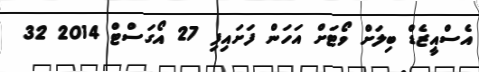
އެސްއީޒެޑް ބިލަށް ވޯޓަށް އަހަން ފަށައިފި 27 އޯގަސްޓް 2014 32